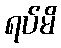
ရပ်မိ